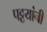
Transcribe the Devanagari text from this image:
पट्टयांनी